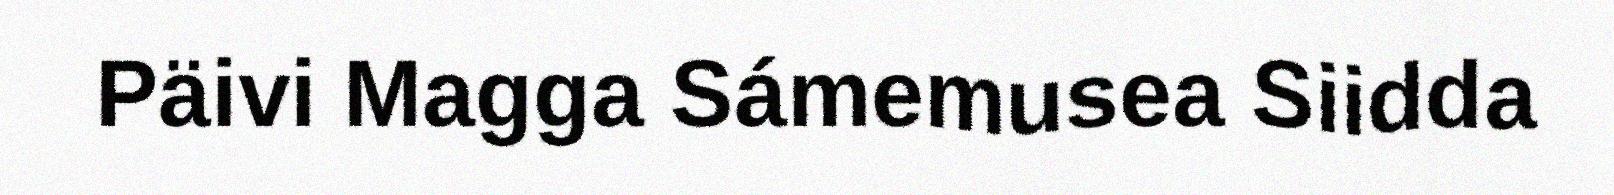
Päivi Magga Sámemusea Siidda